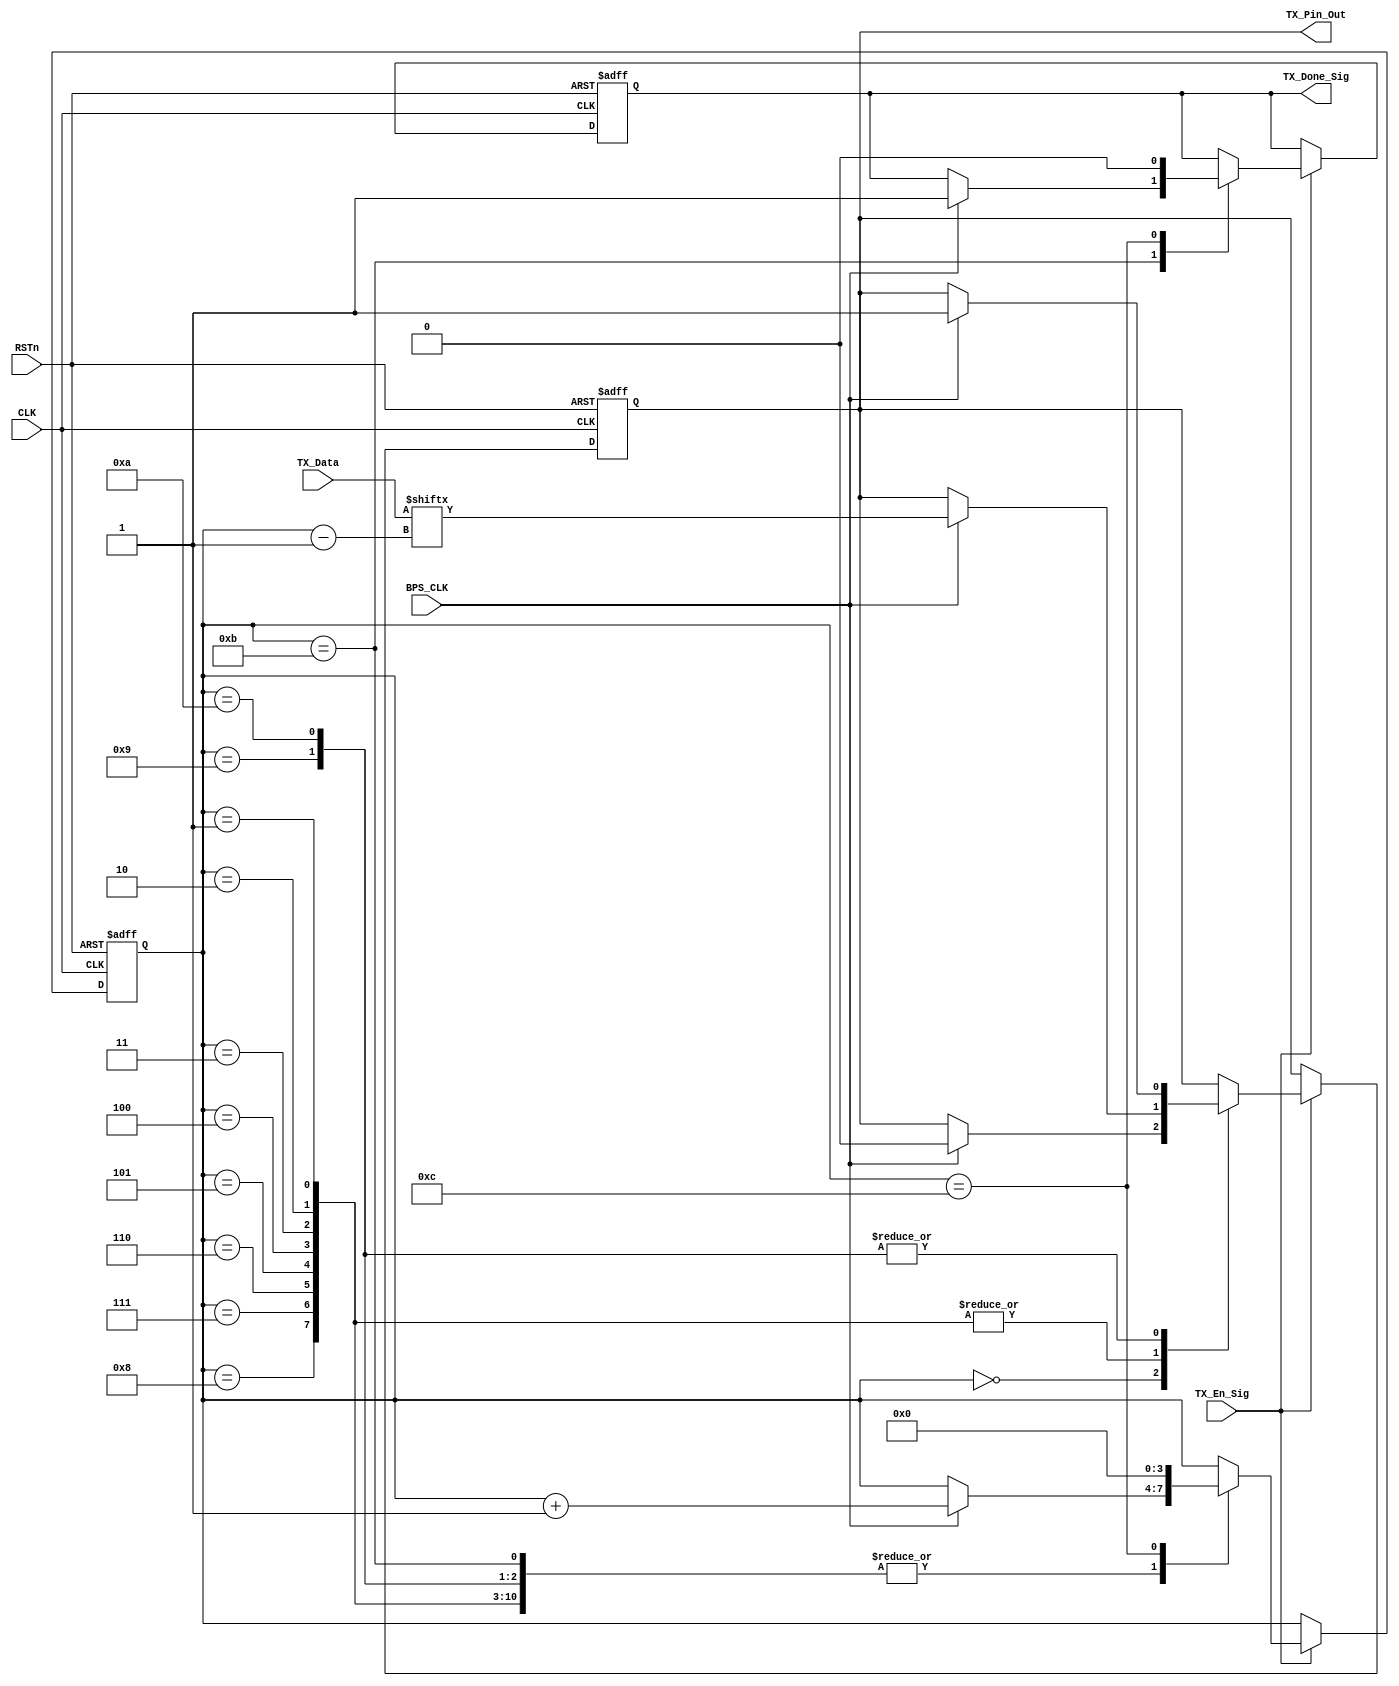
`timescale 1ns / 1ps
//////////////////////////////////////////////////////////////////////////////////
// Company: 
// Engineer: 
// 
// Design Name: 
// Module Name: tx_control_module
// Project Name: 
// Target Devices: 
// Tool Versions: 
// Description: 
// 
// Dependencies: 
// 
// Revision:
// Revision 0.01 - File Created
// Additional Comments:
// 
//////////////////////////////////////////////////////////////////////////////////


module tx_control_module        //
(
    CLK, RSTn,
	TX_En_Sig, TX_Data, BPS_CLK, 
    TX_Done_Sig, TX_Pin_Out
	 
);

    input CLK;
	 input RSTn;
	 
	 input TX_En_Sig;
	 input [7:0]TX_Data;
	 input BPS_CLK;
	 
	 output TX_Done_Sig;
	 output TX_Pin_Out;
	 
	 /********************************************************/

	 reg [3:0]i;
	 reg rTX;
	 reg isDone;
	
	 always @ ( posedge CLK or negedge RSTn )
	     if( !RSTn )
		      begin
		          i <= 4'd0;
					 rTX <= 1'b1;
					 isDone 	<= 1'b0;
				end
		  else if( TX_En_Sig )
		      case ( i )
				
			       4'd0 :
					 if( BPS_CLK ) begin i <= i + 1'b1; rTX <= 1'b0; end        //
					 
				   4'd1, 4'd2, 4'd3, 4'd4, 4'd5, 4'd6, 4'd7, 4'd8 :             //8 
					 if( BPS_CLK ) begin i <= i + 1'b1; rTX <= TX_Data[ i - 1 ]; end
					 
				   4'd9 :                                                        //
					 if( BPS_CLK ) begin i <= i + 1'b1; rTX <= 1'b1; end
					 			 
				   4'd10 :                                                       //
					 if( BPS_CLK ) begin i <= i + 1'b1; rTX <= 1'b1; end
					 
				   4'd11 :                                                       //
					 if( BPS_CLK ) begin i <= i + 1'b1; isDone <= 1'b1; end
					 
				   4'd12 :                                                       //
					 begin i <= 4'd0; isDone <= 1'b0; end
				 
				endcase
				
    /********************************************************/
	 
	 assign TX_Pin_Out = rTX;
	 assign TX_Done_Sig = isDone;
	 
	 /*********************************************************/
	 
endmodule